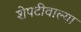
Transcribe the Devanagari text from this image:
शेपटीवाल्या